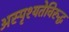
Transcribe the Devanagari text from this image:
अस्पृश्यतेविरुद्ध